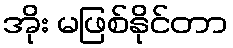
အိုး မဖြစ်နိုင်တာ